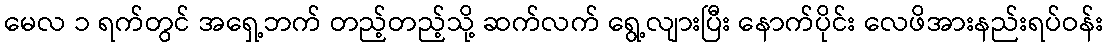
မေလ ၁ ရက်တွင် အရှေ့ဘက် တည့်တည့်သို့ ဆက်လက် ရွေ့လျားပြီး နောက်ပိုင်း လေဖိအားနည်းရပ်ဝန်း